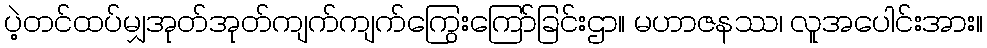
ပဲ့တင်ထပ်မျှအုတ်အုတ်ကျက်ကျက်ကြွေးကြော်ခြင်းဌာ။ မဟာဇနဿ၊ လူအပေါင်းအား။